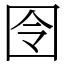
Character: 囹